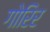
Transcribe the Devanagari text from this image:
गोरिर